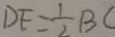
D F = \frac { 1 } { 2 } B C